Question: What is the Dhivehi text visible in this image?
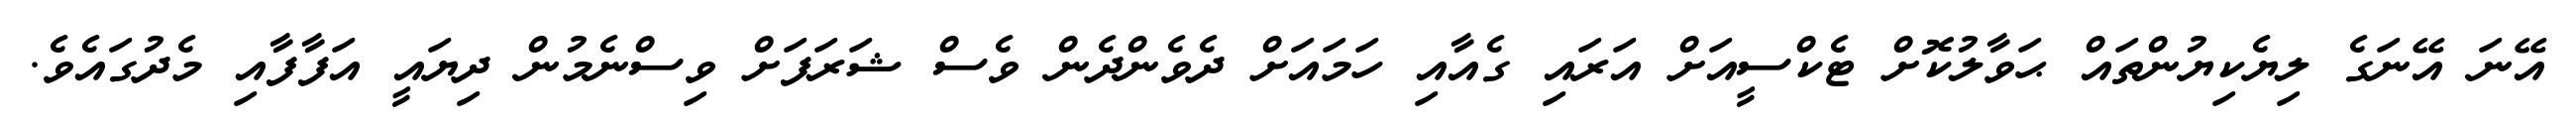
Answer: އޭނަ އޭނަގެ ލިޔެކިޔުންތައް ޙަވާލުކޮށް ޓެކްސީއަށް އަރައި ގެއާއި ހަމައަށް ދެވެންދެން ވެސް ޝަރަފަށް ވިސްނެމުން ދިޔައީ އަފާފާއި މެދުގައެވެ.